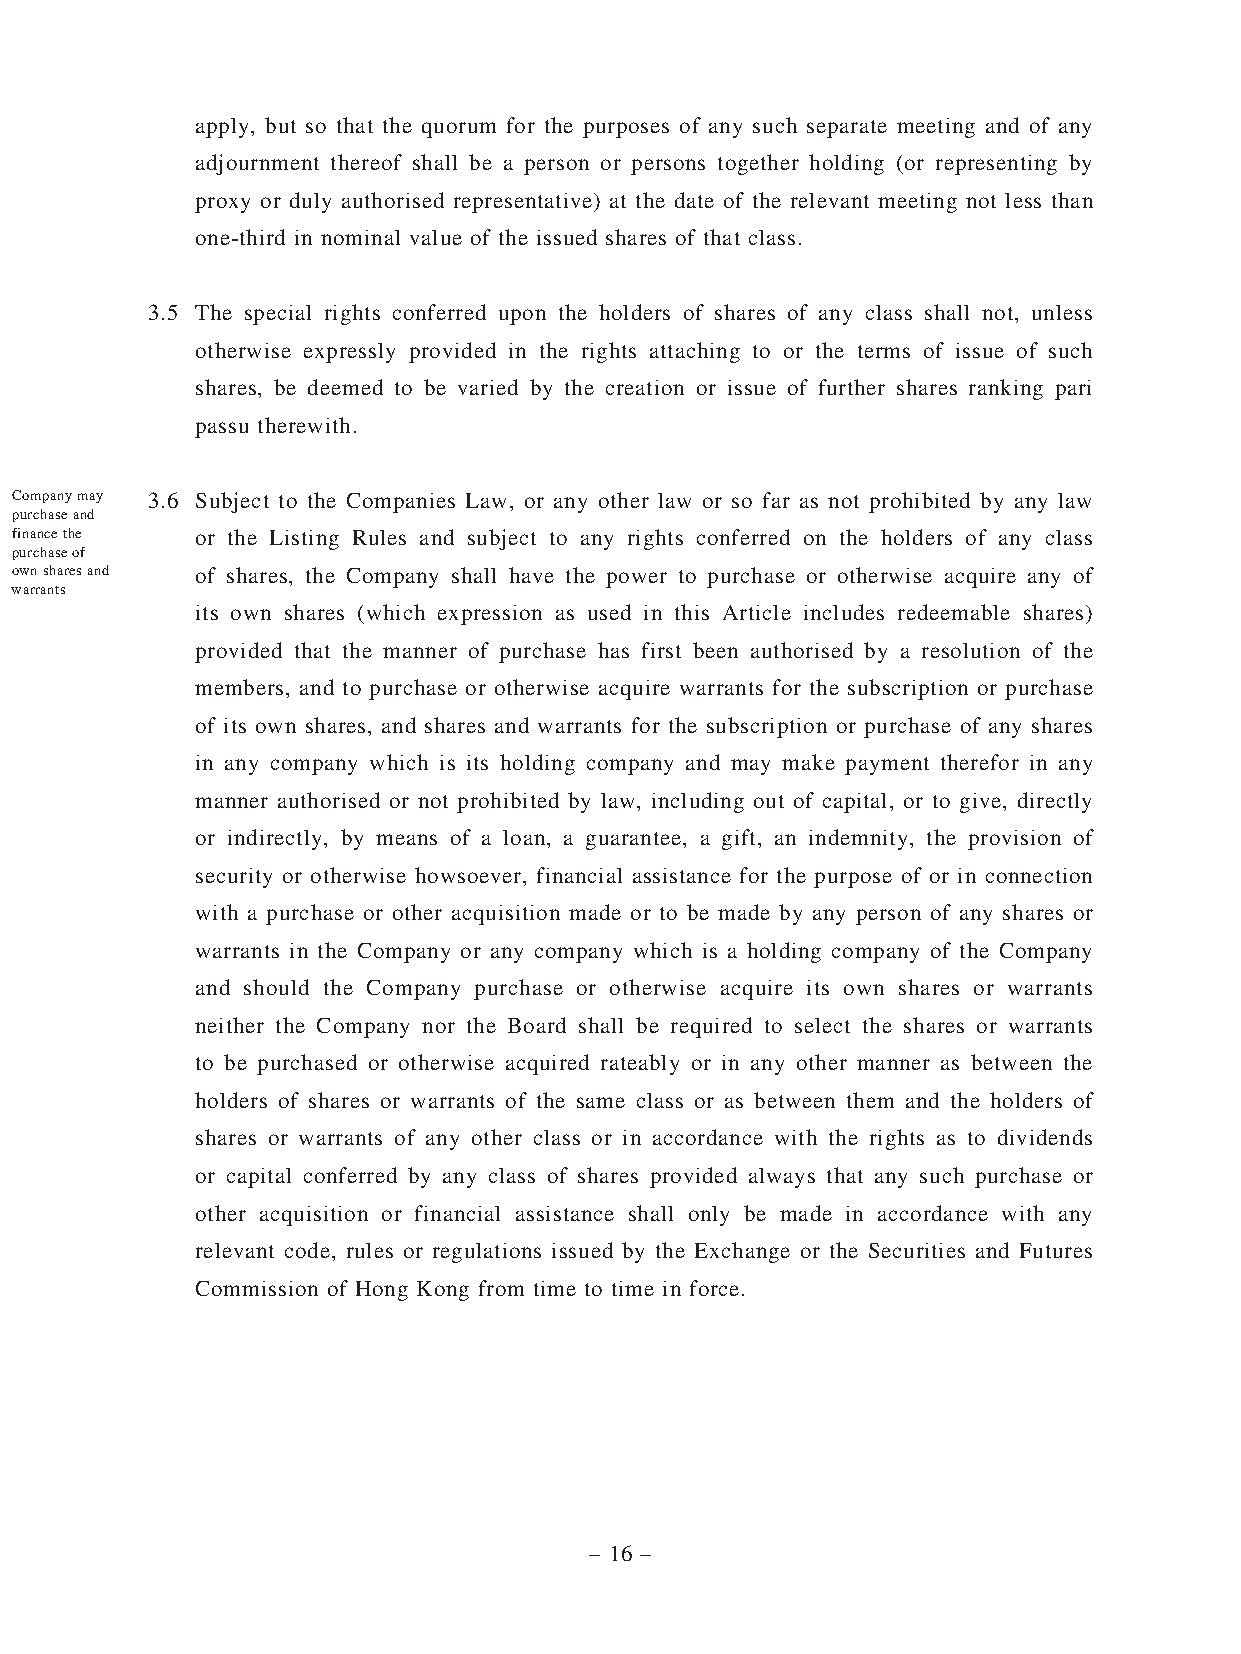
apply, but so that the quorum for the purposes of any such separate meeting and of any
 adjournment thereof shall be a person or persons together holding (or representing by
 proxy or duly authorised representative) at the date of the relevant meeting not less than
 one-third in nominal value of the issued shares of that class.
 3.5 The special rights conferred upon the holders of shares of any class shall not, unless
 otherwise expressly provided in the rights attaching to or the terms of issue of such
 shares, be deemed to be varied by the creation or issue of further shares ranking pari
 passu therewith.
 Company may 3.6 Subject to the Companies Law, or any other law or so far as not prohibited by any law
 purchase and
 finance the or the Listing Rules and subject to any rights conferred on the holders of any class
 purchase of
 own shares and of shares, the Company shall have the power to purchase or otherwise acquire any of
 warrants
 its own shares (which expression as used in this Article includes redeemable shares)
 provided that the manner of purchase has first been authorised by a resolution of the
 members, and to purchase or otherwise acquire warrants for the subscription or purchase
 of its own shares, and shares and warrants for the subscription or purchase of any shares
 in any company which is its holding company and may make payment therefor in any
 manner authorised or not prohibited by law, including out of capital, or to give, directly
 or indirectly, by means of a loan, a guarantee, a gift, an indemnity, the provision of
 security or otherwise howsoever, financial assistance for the purpose of or in connection
 with a purchase or other acquisition made or to be made by any person of any shares or
 warrants in the Company or any company which is a holding company of the Company
 and should the Company purchase or otherwise acquire its own shares or warrants
 neither the Company nor the Board shall be required to select the shares or warrants
 to be purchased or otherwise acquired rateably or in any other manner as between the
 holders of shares or warrants of the same class or as between them and the holders of
 shares or warrants of any other class or in accordance with the rights as to dividends
 or capital conferred by any class of shares provided always that any such purchase or
 other acquisition or financial assistance shall only be made in accordance with any
 relevant code, rules or regulations issued by the Exchange or the Securities and Futures
 Commission of Hong Kong from time to time in force.
 – 16 –